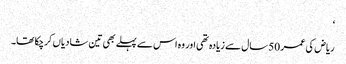
‘
ریاض کی عمر 50 سال سے زیادہ تھی اور وہ اس سے پہلے بھی تین شادیاں کرچکا تھا۔